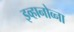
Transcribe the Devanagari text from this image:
इव्हानोव्ना